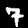
Digit: 7